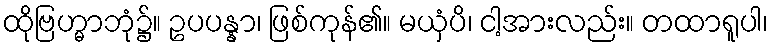
ထိုဗြဟ္မာဘုံ၌။ ဥပပန္နာ၊ ဖြစ်ကုန်၏။ မယှံပိ၊ ငါ့အားလည်း။ တထာရူပါ၊